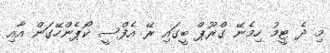
މި ދެ ޓީމު ހިމެނޭ ގްރޫޕް ބީގައި ރޭ އެފްސީ ކޯޕެންހޭގަން އާއި